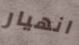
انهيار